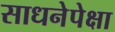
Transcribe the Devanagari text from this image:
साधनेपेक्षा